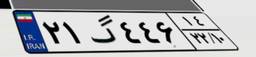
۲۱گ۴۴۶۱۴